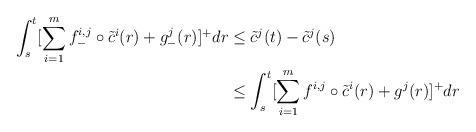
LaTeX: \begin{align*}\int_s^t[\sum_{i=1}^m f^{i,j}_-\circ \tilde{c}^i(r)+g^j_-(r)]^+dr&\leq\tilde{c}^j(t)-\tilde{c}^j(s)\\&\leq \int_s^t[\sum_{i=1}^m f^{i,j}\circ\tilde{c}^i(r)+g^j(r)]^+dr\end{align*}